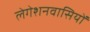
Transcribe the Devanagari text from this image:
लेगेशनवासियों